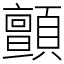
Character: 顫